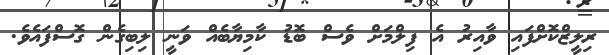
ރިލީޒްކޮށްފައި ވާއިރު އެ ފިލްމަށް ވެސް ބޮޑު ކާމިޔާބެއް ވަނީ ލިބިގެން ގޮސްފައެވެ.